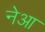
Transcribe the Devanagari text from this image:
नेआ